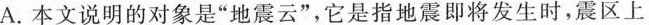
A.本文说明的对象是”地震云”，它是指地震即将发生时，震区上